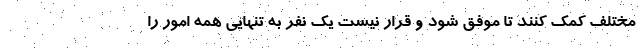
مختلف کمک کنند تا موفق شود و قرار نیست یک نفر به تنهایی همه امور را